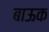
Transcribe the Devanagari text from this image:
बाऊक